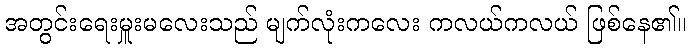
အတွင်းရေးမှူးမလေးသည် မျက်လုံးကလေး ကလယ်ကလယ် ဖြစ်နေ၏။